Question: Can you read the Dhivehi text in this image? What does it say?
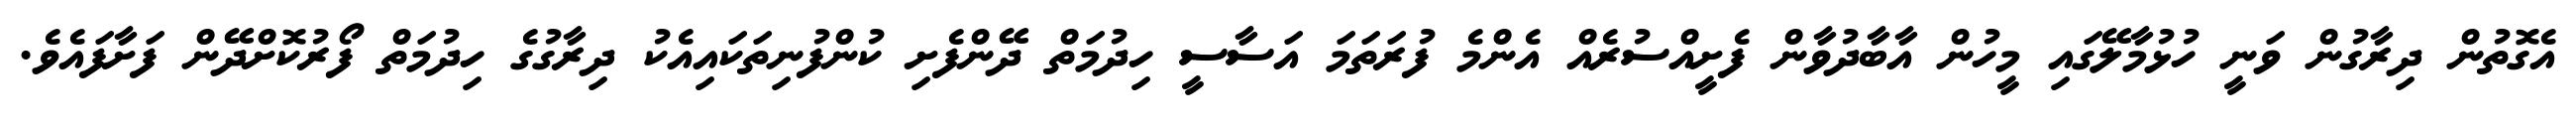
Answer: އެގޮތުން ދިރާގުން ވަނީ ހުޅުމާލޭގައި މީހުން އާބާދުވާން ފެށީއްސުރެއް އެންމެ ފުރަތަމަ އަސާސީ ހިދުމަތް ދޭންފެށި ކުންފުނިތަކައިއެކު ދިރާގުގެ ހިދުމަތް ފޯރުކޮށްދޭން ފަށާފައެވެ.